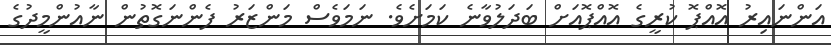
އަންނައިރު އޮއްޕޮ ކުރީގެ އޮއްޕޮއަށް ބަދަލުވާނެ ކަމަށެވެ. ނަމަވެސް މަންޒަރު ފެންނަގޮތުން ނާއުންމީދުގެ